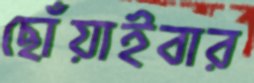
ছোঁয়াইবার